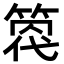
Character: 𥰒